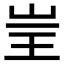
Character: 𱖔